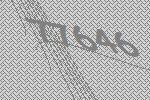
77646